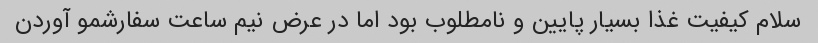
سلام کیفیت غذا بسیار پایین و نامطلوب بود اما در عرض نیم ساعت سفارشمو آوردن